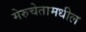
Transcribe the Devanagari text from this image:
मेरुचेतामधील